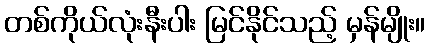
တစ်ကိုယ်လုံးနီးပါး မြင်နိုင်သည့် မှန်မျိုး။